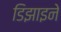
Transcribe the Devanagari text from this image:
डिझाइने